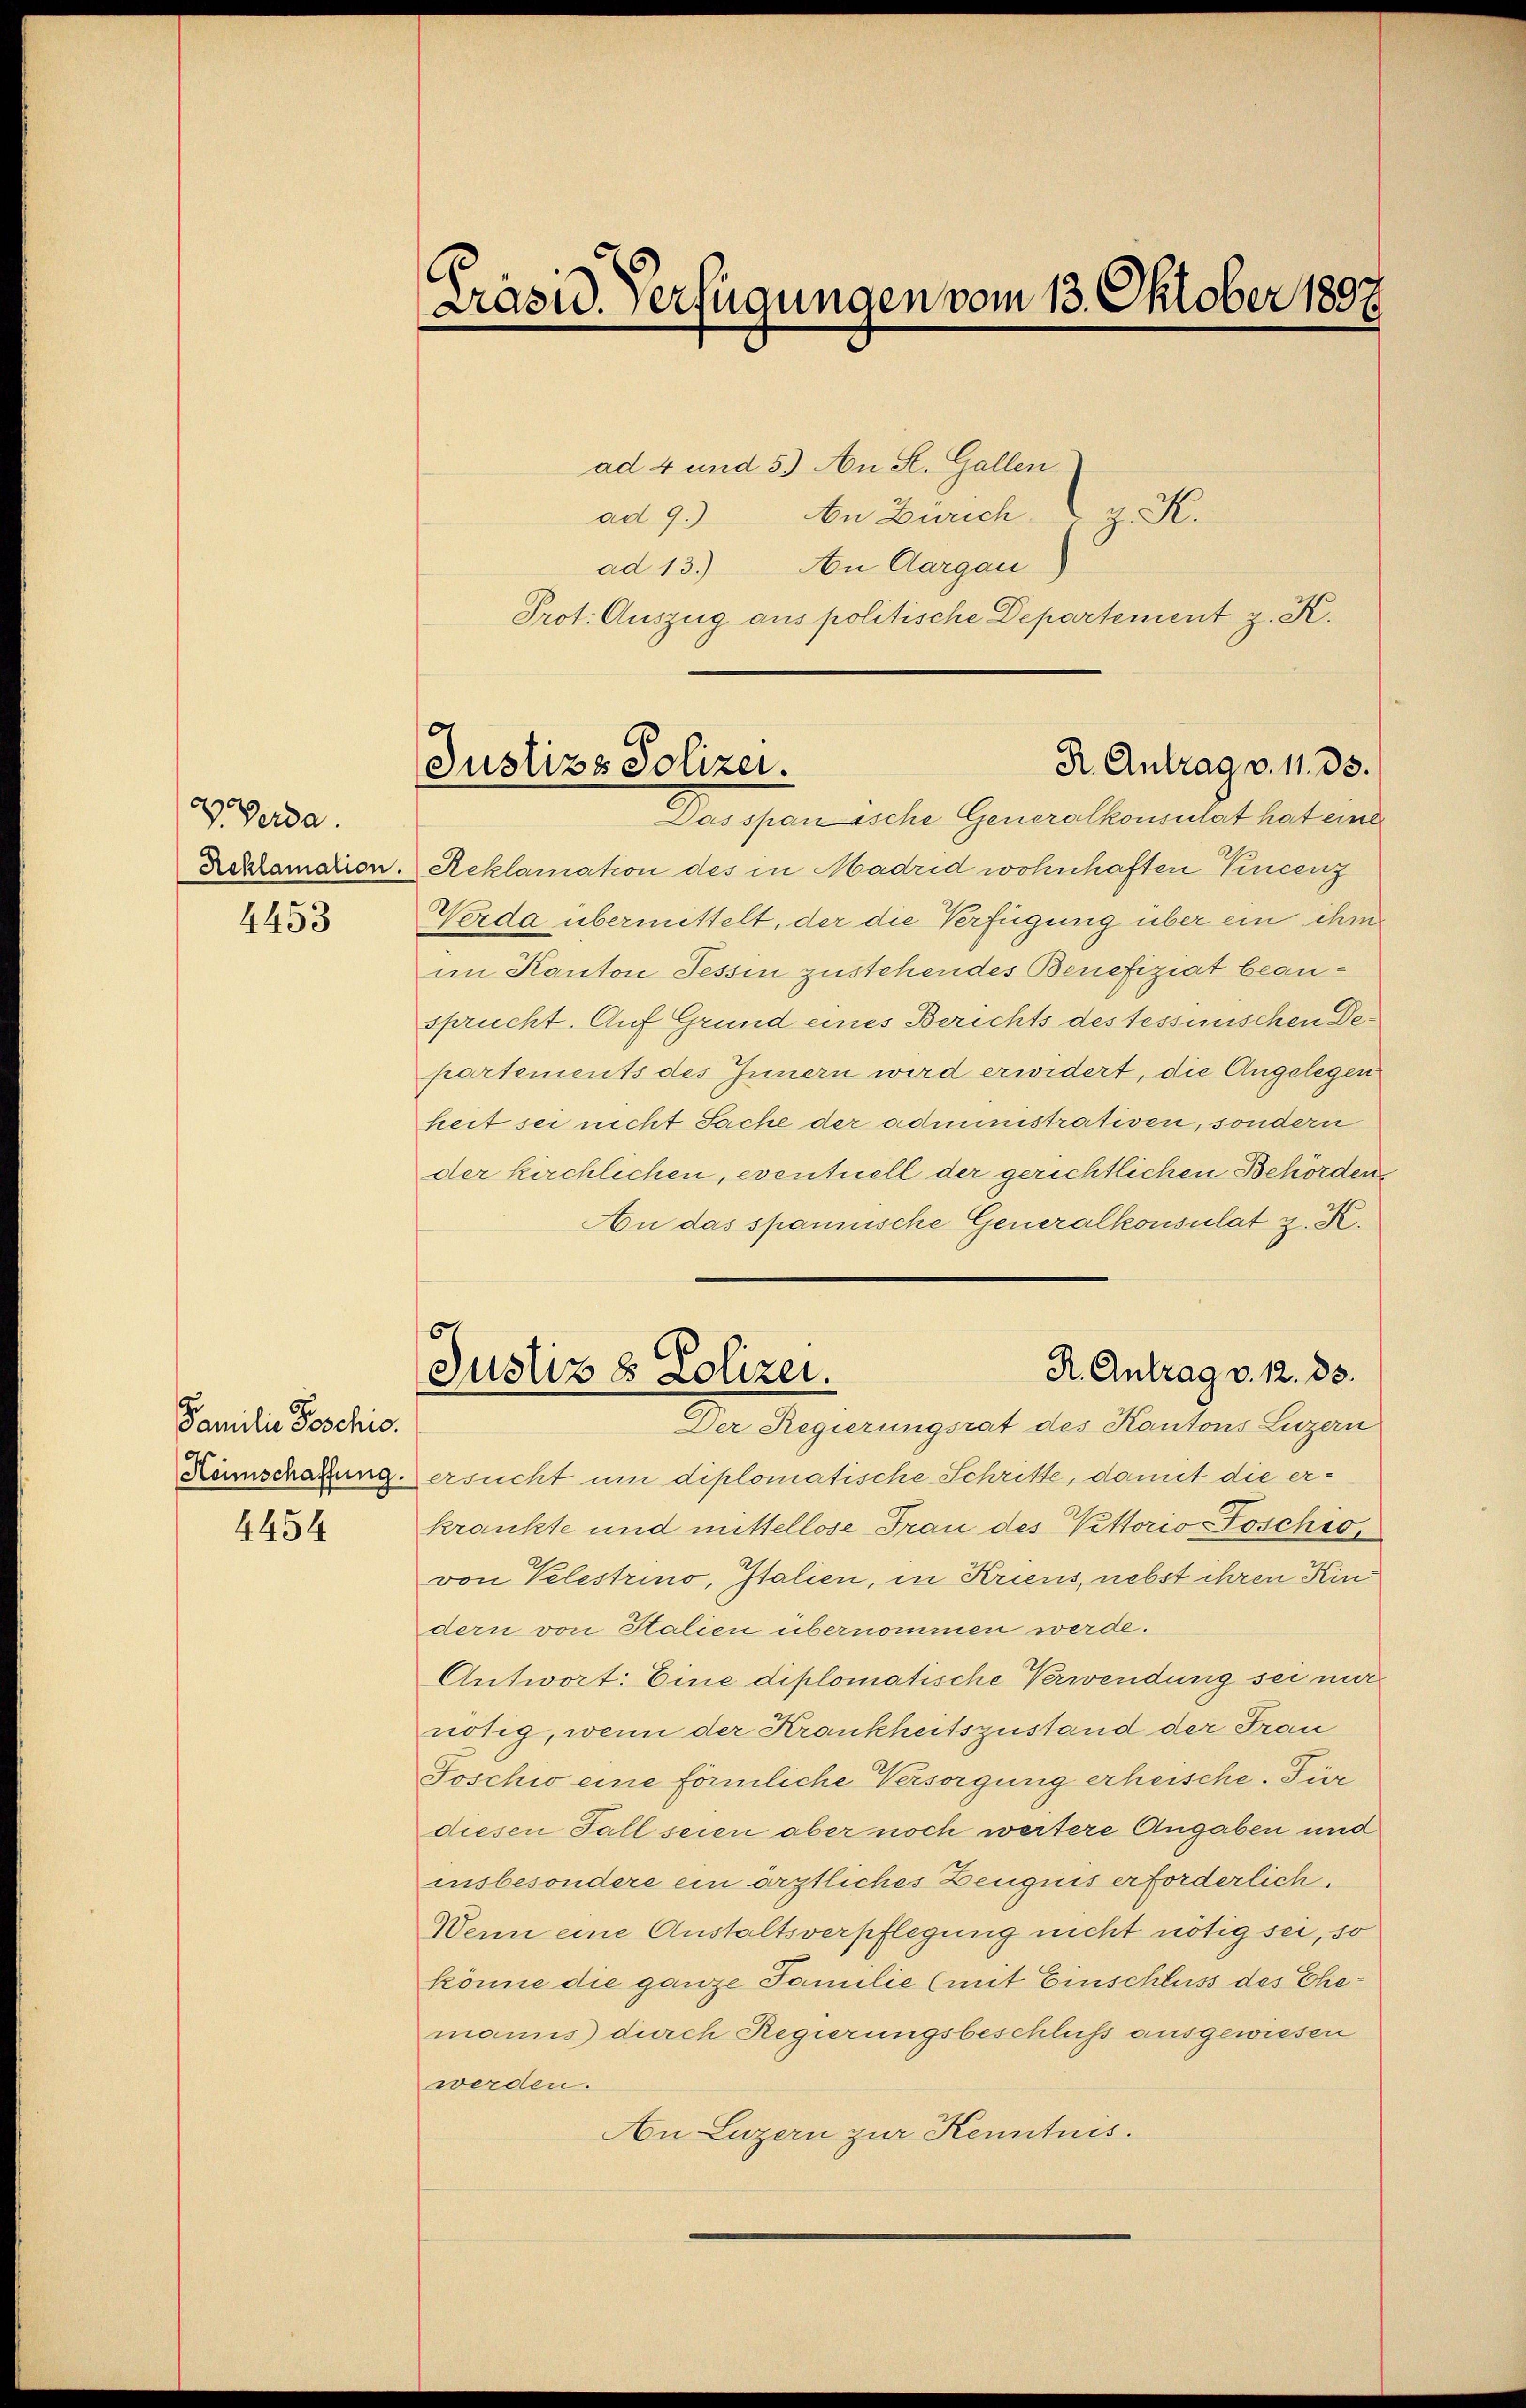
V Verda
4453

Familie Poschic
4454

Präsid. Verfügungen vom 13. Oktober 1897

ad 4 und 5.) An St. Gallen
ad 9.) An Zürich K.
ad 13.) An Aargau
Das öfen siche Generalkonsulat hat eine
Exklamation. Reklamation des in Madrid wohnhaften Vincenz
Verda übermittelt, der die Verfügung über ein ihm
im Kanton Tessin zustehendes Benefiziat beansprucht. Auf Grund eines Berichts des tessinischen Departements des Innern wird erwidert, die Angelegen
heit sei nicht Sache der administrativen, sondern
der kirchlichen, eventuell der gerichtlichen Behörden
An das spanische Generalkonsulat z. K.
5
R. Antrag v. 12. 33.
Justiz & Polizei.
Der Regierungsrat des Kantons Luzern
Kannschazung ersucht um diplomatische Schritte, damit die erkrankte und mittellose Frau des Vittorio - Poschio,
von Pelestrino, Italien, in Kriens, nebst ihren Kindern von Stalien übernommen werde.
Antwort: Eine diplomatische Verwendung sei mir
nötig, wenn der Krankheitszustand der Frau
Toschio eine förmliche Versorgung erheische. Für
diesen Fall seien aber noch weitere Angaben und
insbesondere ein ärztliches Zeugnis erforderlich.
Wenn eine Anstaltsverpflegung nicht nötig sei, so
könne die ganze Familie (mit Einschluss des Ehemanns durch Regierungsbeschluss ausgewiesen
werden.
An Luzern zur Kenntnis.

Prot. Auszug aus politische Departement z. K.

R. Antrag v. 11. 33.
Justizs Polizei.